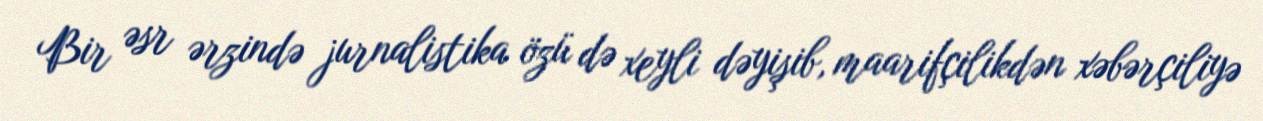
Bir əsr ərzində jurnalistika özü də xeyli dəyişib, maarifçilikdən xəbərçiliyə